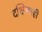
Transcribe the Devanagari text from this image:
दक्षिणाही